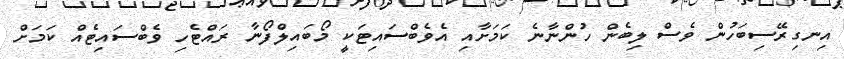
އިނގިރޭސިބަހުން ވެސް ލިބެން ހުންނާނެ ކަމަށާއި އެވެބްސައިޓަކީ މޯބައިލްފޯނާ ރައްޓެހި ވެބްސައިޓެއް ކަމަށް